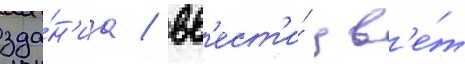
зда́н'иа / вв'ест'и́ цв'е́т